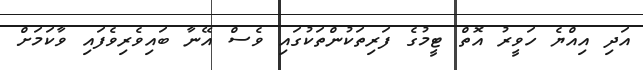
އަދި އިއްޔެ ހަވީރު އޮތް ޓީމުގެ ފަރިތަކުންތަކުގައި ވެސް އޭނާ ބައިވެރިވެފައި ވާކަމަށް